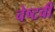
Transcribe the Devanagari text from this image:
चेष्टवी